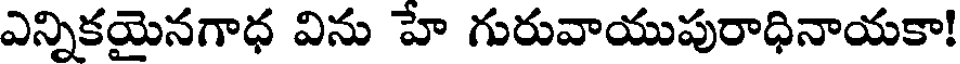
ఎన్నికయైనగాధ విను హే గురువాయుపురాధినాయకా!